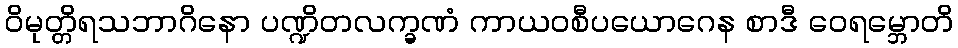
ဝိမုတ္တိရသဘာဂိနော ပဏ္ဍိတလက္ခဏံ ကာယဝစီပယောဂေန စာဒီ ဝေရမ္ဘောတိ